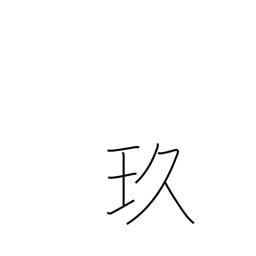
Meaning: beautiful black jewel